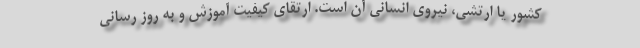
کشور یا ارتشی، نیروی انسانی آن است. ارتقای کیفیت آموزش و به روز رسانی